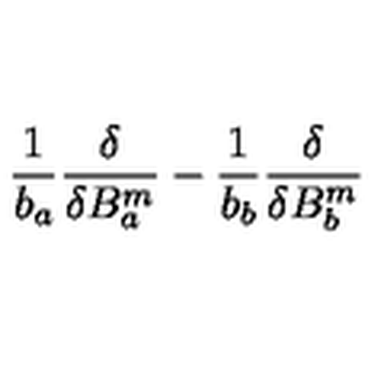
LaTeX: { \frac { 1 } { b _ { a } } } { \frac { \delta } { \delta B _ { a } ^ { m } } } - { \frac { 1 } { b _ { b } } } { \frac { \delta } { \delta B _ { b } ^ { m } } }